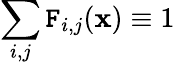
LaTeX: \sum_{i,j}\mathtt{F}_{i,j}(\mathbf{{x}})\equiv1